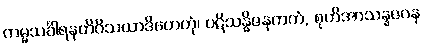
ကမ္မသင်္ခါရနတိဝိသယာဒိဟေတုံ၊ ပဋိသန္ဓိဇနကကံ, စုတိအာသန္နဇဝန